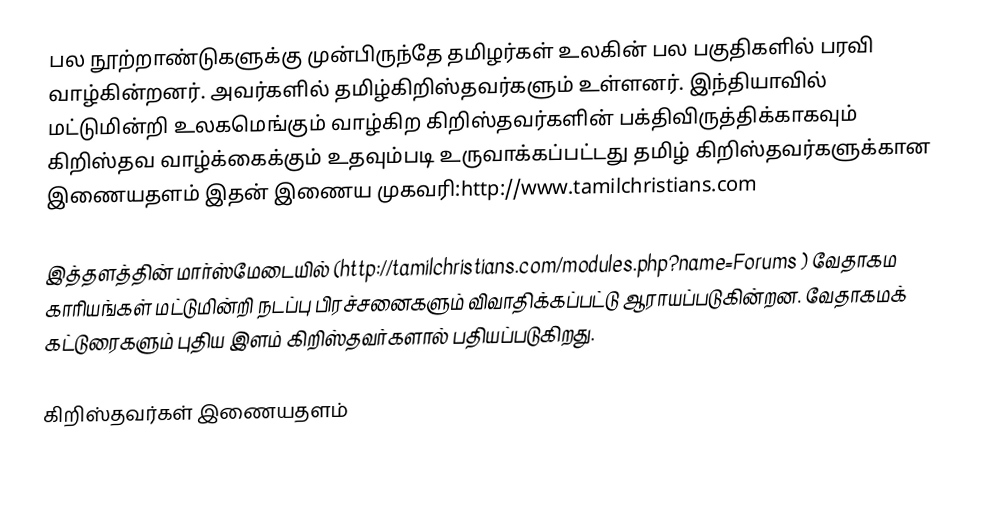
பல நூற்றாண்டுகளுக்கு முன்பிருந்தே தமிழர்கள் உலகின் பல பகுதிகளில் பரவி வாழ்கின்றனர். அவர்களில் தமிழ்கிறிஸ்தவர்களும் உள்ளனர். இந்தியாவில் மட்டுமின்றி உலகமெங்கும் வாழ்கிற கிறிஸ்தவர்களின் பக்திவிருத்திக்காகவும் கிறிஸ்தவ வாழ்க்கைக்கும் உதவும்படி உருவாக்கப்பட்டது தமிழ் கிறிஸ்தவர்களுக்கான இணையதளம் இதன் இணைய முகவரி:http://www.tamilchristians.com

இத்தளத்தின் மார்ஸ்மேடையில் (http://tamilchristians.com/modules.php?name=Forums ) வேதாகம காரியங்கள்  மட்டுமின்றி நடப்பு பிரச்சனைகளும் விவாதிக்கப்பட்டு ஆராயப்படுகின்றன. வேதாகமக் கட்டுரைகளும் புதிய இளம் கிறிஸ்தவர்களால் பதியப்படுகிறது.

கிறிஸ்தவர்கள் இணையதளம்